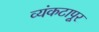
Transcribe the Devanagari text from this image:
व्यंकटापूर